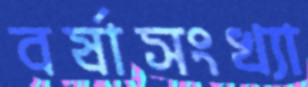
বর্ষাসংখ্যা